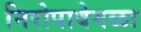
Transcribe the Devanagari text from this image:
निरोपावेगळा